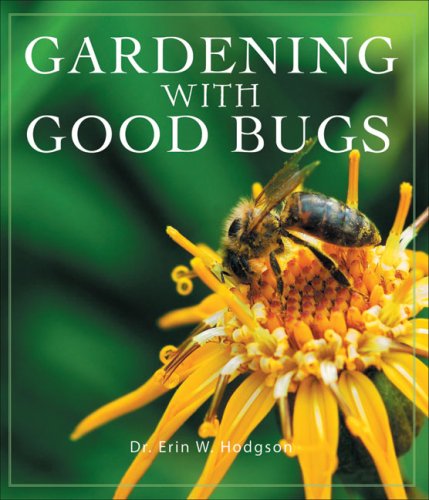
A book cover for Gardening with Good Bugs; Dr. Erin W. Hodgson; Crafts, Hobbies & Home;